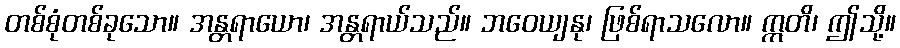
တစ်စုံတစ်ခုသော။ အန္တရာယော၊ အန္တရာယ်သည်။ ဘဝေယျနု၊ ဖြစ်ရာသလော။ ဣတိ၊ ဤသို့။